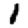
Digit: 1